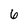
Character: 6